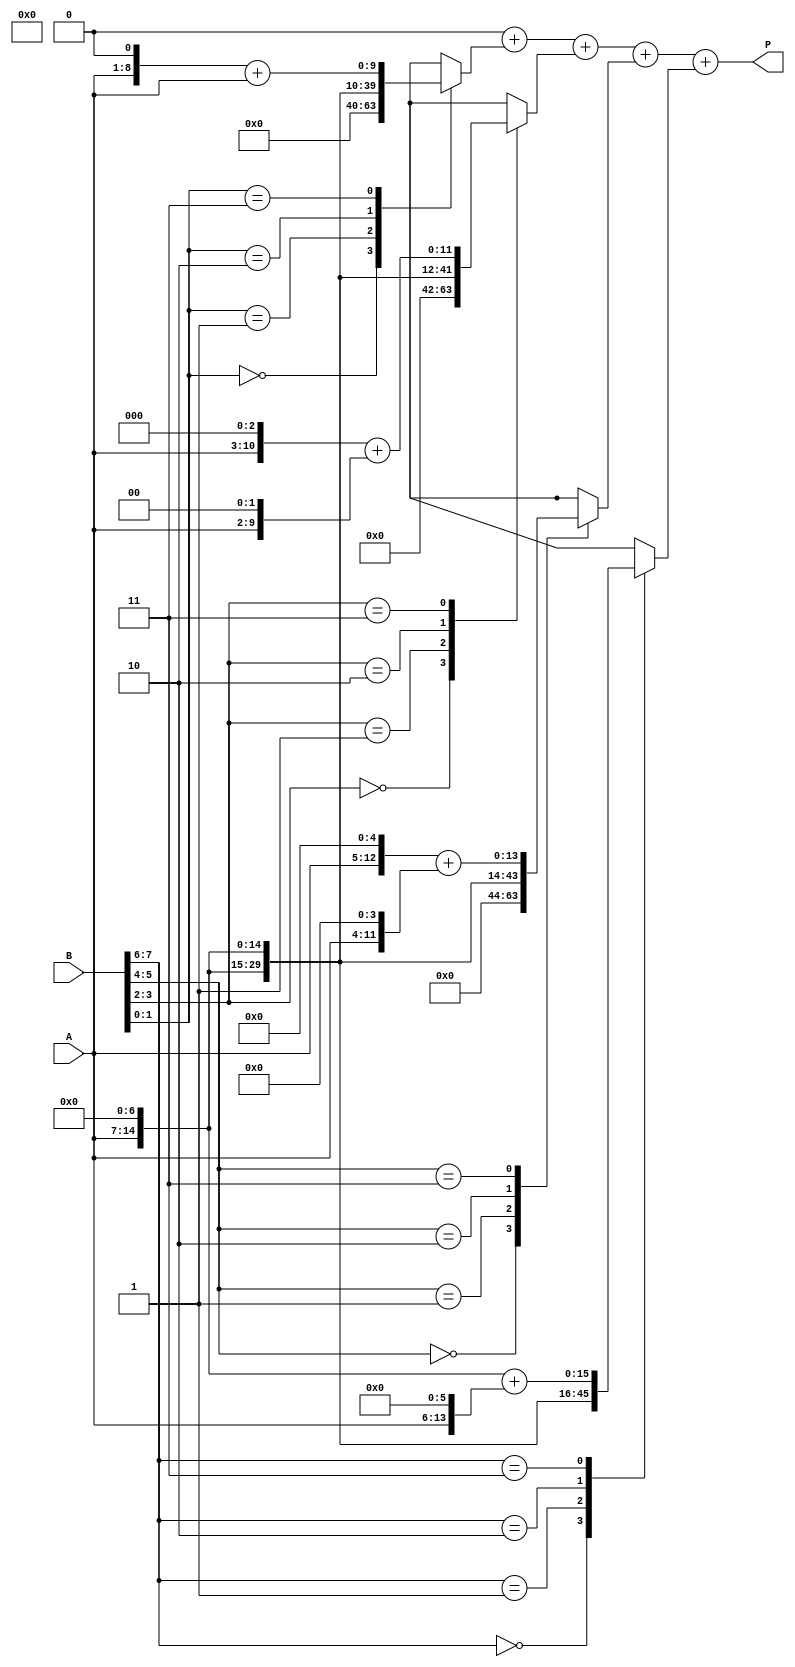
module radix4_multiplier #(parameter N = 8) (
    input  [N-1:0] A, // Multiplicand
    input  [N-1:0] B, // Multiplier
    output reg [2*N-1:0] P // Product
);

    // Intermediate signals for partial products
    reg [2*N-1:0] pp [0:N/2-1]; // Partial products
    integer i;

    // Generate partial products based on Radix-4 encoding
    always @(*) begin
        // Initialize partial products to zero
        for (i = 0; i < N/2; i = i + 1) begin
            pp[i] = 0;
        end

        // Generate partial products based on pairs of bits in B
        for (i = 0; i < N/2; i = i + 1) begin
            case (B[2*i +: 2]) // Select 2 bits from B
                2'b00: pp[i] = 0; // 00 -> 0
                2'b01: pp[i] = A << (2*i); // 01 -> A shifted left by 2*i
                2'b10: pp[i] = A << (2*i + 1); // 10 -> A shifted left by 2*i + 1
                2'b11: pp[i] = (A << (2*i + 1)) + (A << (2*i)); // 11 -> A + (A << 1)
                default: pp[i] = 0;
            endcase
        end

        // Initialize product to zero
        P = 0;

        // Accumulate partial products
        for (i = 0; i < N/2; i = i + 1) begin
            P = P + pp[i]; // Sum all partial products
        end
    end

endmodule